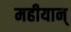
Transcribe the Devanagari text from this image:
महीयान्‌